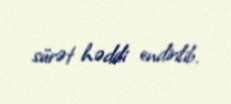
sürət həddi endirilib.